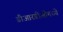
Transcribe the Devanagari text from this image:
डीआरडीओमध्ये